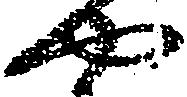
や